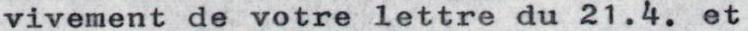
vivement de votre lettre du 21.4. et